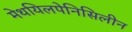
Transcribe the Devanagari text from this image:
मेथयिलपेनिसिलीन